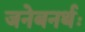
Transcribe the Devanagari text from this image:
जनेबनर्थः